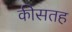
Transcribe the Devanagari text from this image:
कीसतह